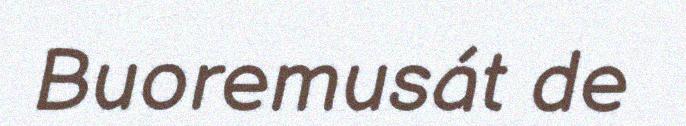
Buoremusát de